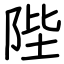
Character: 陛